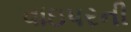
વાઇપરની